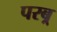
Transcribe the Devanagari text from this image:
परब्र्